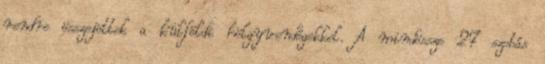
rendre összejöttek a külföldi hölgyvendégekkel. A mindössze 27 szobás